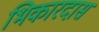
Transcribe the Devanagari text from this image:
भिकारदास